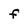
Character: f